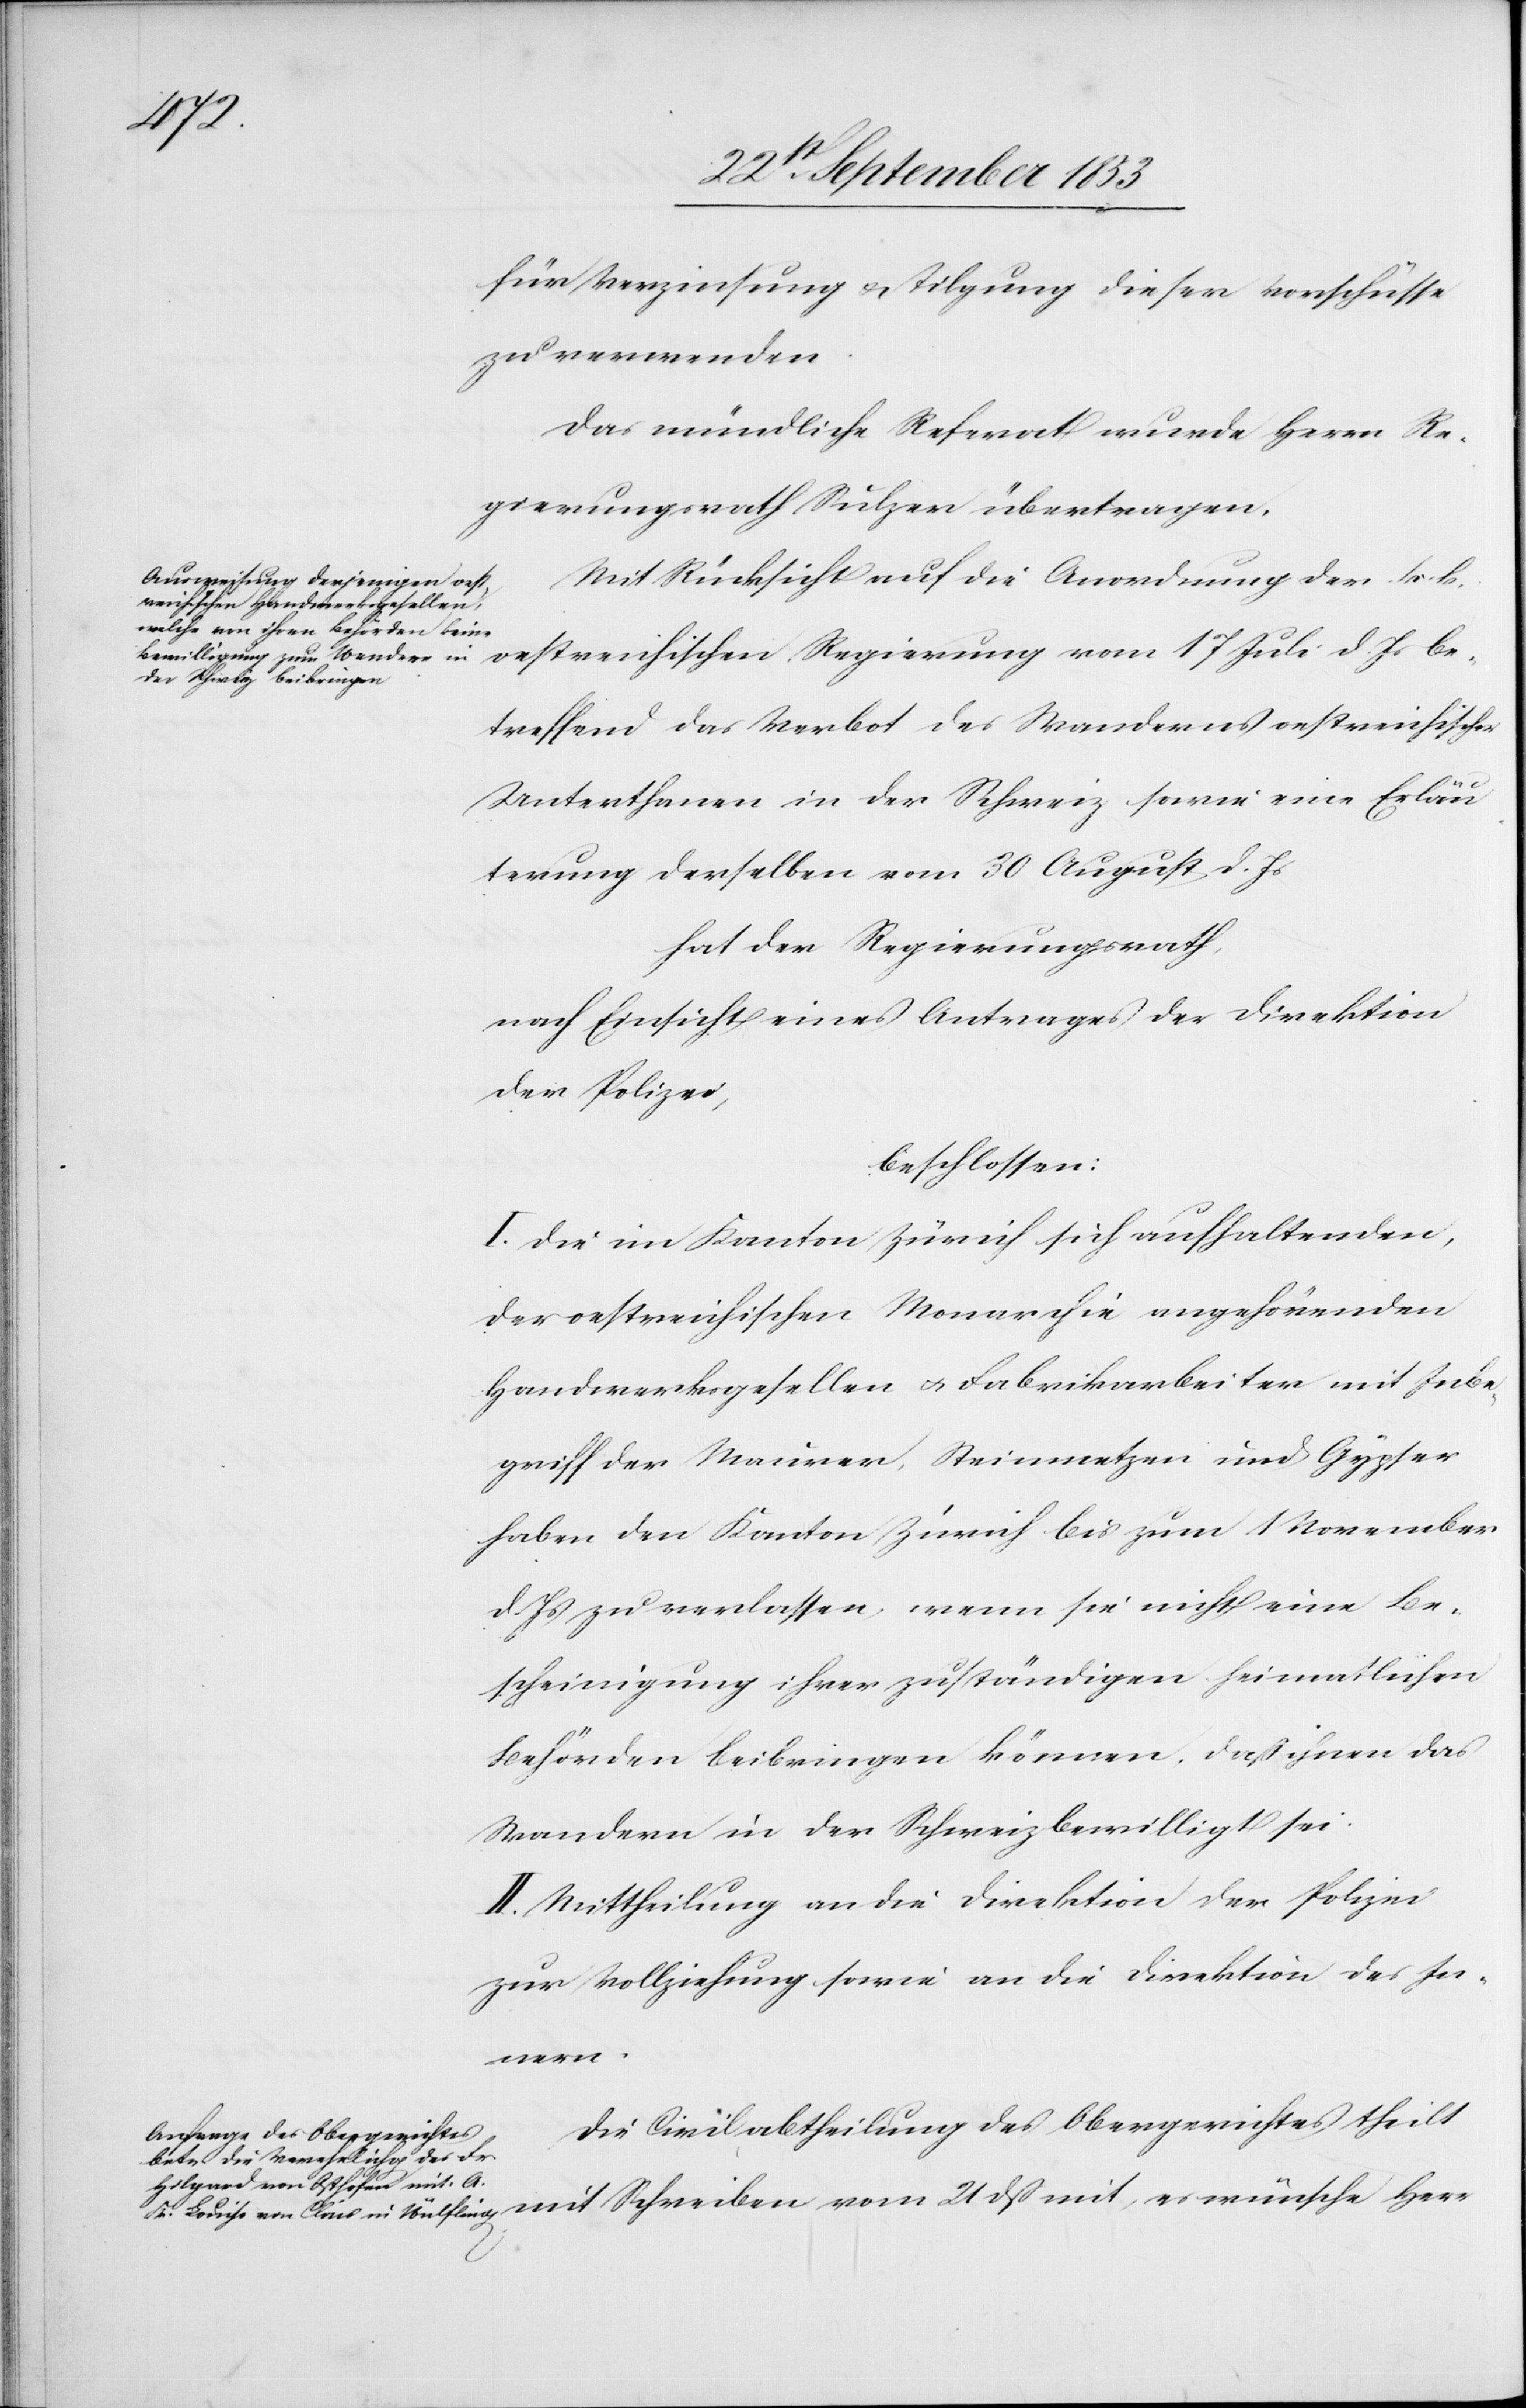
Herr
für Verzinsung u. Tilgung dieser Vorschüsse
zu verwenden.
Das mündliche Referat wurde Herrn Re¬
gierungsrath Sulzer übertragen.
Mit Rücksicht auf die Anordnung der k. k.
betreffend das Verbot des Wanderns oestreichischer
Unterthanen in der Schweiz sowie eine Erk¬
lärung derselben vom 30 August d. Js.
hat den Regierungsrath,
nach Einsicht eines Antrages der Direktion
der Polizei,
beschlossen:
I. Die im Kanton Zürich sich aufhaltenden,
der oestreichischen Monarchie angehörenden
Handwerksgesellen u. Fabrikarbeiter mit Inbe¬
griff der Maurer, Steinmetzen und Gypser
haben den Kanton Zürich bis zum 1 November
d. Js. zu verlassen, wenn sie nicht eine Be¬
scheinigung ihrer zuständigen heimatlichen
Behörden beibringen können, daß ihnen das
Wandern in der Schweiz bewilligt sei.
II. Mittheilung an die Direktion der Polizei
zur Vollziehung sowie an die Direktion des In¬
nern.
Die Civilabtheilung des Obergerichtes theilt